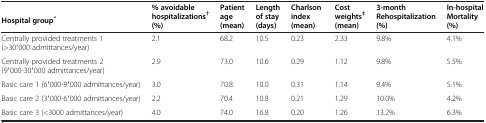
<table><thead><tr><td><b> </b></td><td rowspan="2"><b>% avoidable hospitalizations<sup>† </sup>(%)</b></td><td rowspan="2"><b>Patient age (mean)</b></td><td rowspan="2"><b>Length of stay (days)</b></td><td rowspan="2"><b>Charlson index (mean)</b></td><td rowspan="2"><b>Cost weights<sup>‡ </sup>(mean)</b></td><td rowspan="2"><b>3-month Rehospitalization (%)</b></td><td rowspan="2"><b>In-hospital Mortality (%)</b></td></tr><tr><td><b>Hospital group<sup>*</sup></b></td></tr></thead><tbody><tr><td>Centrally provided treatments 1 (&gt;30′000 admittances/year)</td><td>2.1</td><td>68.2</td><td>10.5</td><td>0.23</td><td>2.33</td><td>9.8%</td><td>4.1%</td></tr><tr><td>Centrally provided treatments 2 (9′000-30′000 admittances/year)</td><td>2.9</td><td>73.0</td><td>10.6</td><td>0.29</td><td>1.12</td><td>9.8%</td><td>5.5%</td></tr><tr><td>Basic care 1 (6′000-9′000 admittances/year)</td><td>3.0</td><td>70.8</td><td>10.0</td><td>0.31</td><td>1.14</td><td>9.4%</td><td>5.1%</td></tr><tr><td>Basic care 2 (3′000-6′000 admittances/year)</td><td>2.2</td><td>70.4</td><td>10.8</td><td>0.21</td><td>1.29</td><td>10.0%</td><td>4.2%</td></tr><tr><td>Basic care 3 (&lt;3000 admittances/year)</td><td>4.0</td><td>74.0</td><td>16.8</td><td>0.20</td><td>1.26</td><td>13.2%</td><td>6.3%</td></tr></tbody></table>